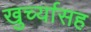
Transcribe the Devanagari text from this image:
खुर्च्यासह